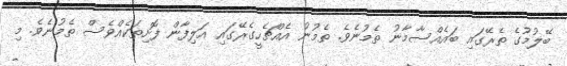
ބޭލުމުގެ ތެރޭގައި ބައެއްސާމާނު ތެމުނެވެ. ތެމުނު އެއްޗެހީގެރޭގައި އަލިފާން ފޮށިތަކެއްވެސް ތެމުނެވެ. މި